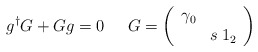
\begin{align*}g^{\dagger }G+Gg=0\; \; \; \; \; G=\left( \begin{array}{cc}\gamma _{0} & \\ & s\: 1_{2}\end{array}\right)\end{align*}